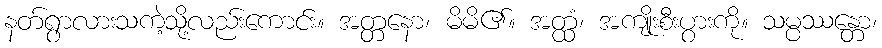
နတ်ရွာလားသကဲ့သို့လည်းကောင်း။ အတ္တနော၊ မိမိ၏။ အတ္ထံ၊ အကျိုးစီးပွားကို။ သမ္ပဿန္တော၊